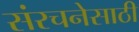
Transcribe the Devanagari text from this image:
संरचनेसाठी